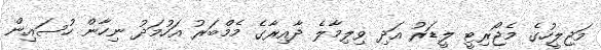
މަޖިލީހުގެ މެޖޯރިޓީ ލީޑަރު އަދި ވިލިމާލެ ދާއިރާގެ މެމްބަރު އަހުމަދު ނިހާން ހުސައިން